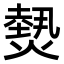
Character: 𤎮